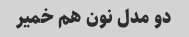
دو مدل نون هم خمیر